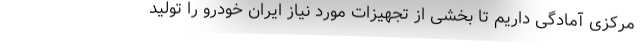
مرکزی آمادگی داریم تا بخشی از تجهیزات مورد نیاز ایران خودرو را تولید